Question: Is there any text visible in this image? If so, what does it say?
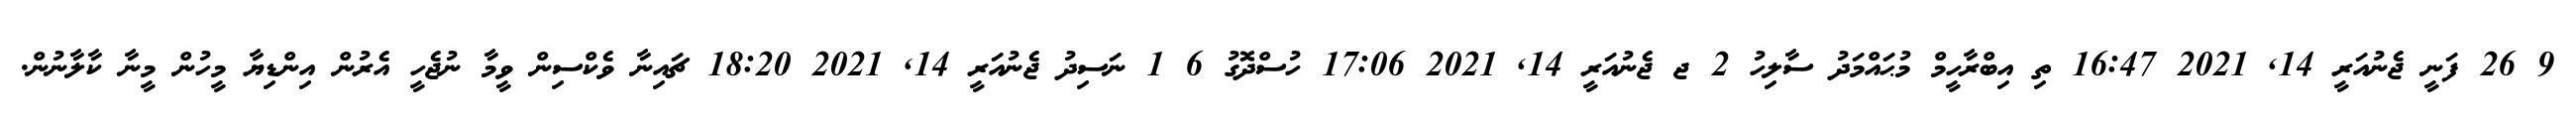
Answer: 9 26 ފަނީ ޖެނުއަރީ 14, 2021 16:47 ތި އިބްރާހީމް މުޙައްމަދު ސާލިހު 2 ޖ ޖެނުއަރީ 14, 2021 17:06 ހުސްދޮގު 6 1 ނަސިދު ޖެނުއަރީ 14, 2021 18:20 ޗައިނާ ވެކްސިން ވީމާ ނުޖެހީ އެރުން އިންޑިޔާ މީހުން މީނާ ކާލާނުން.